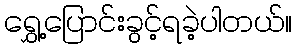
ရွှေ့ပြောင်းခွင့်ရခဲ့ပါတယ်။